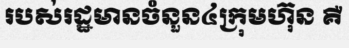
របស់រដ្ឋមានចំនួន៤ក្រុមហ៊ុន គឺ